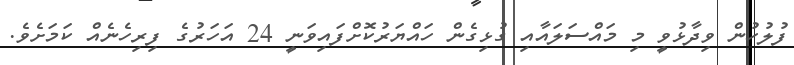
ފުލުހުން ވިދާޅުވީ މި މައްސަލައާއި ގުޅިގެން ހައްޔަރުކޮށްފައިވަނީ 24 އަހަރުގެ ފިރިހެނެއް ކަމަށެވެ.